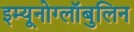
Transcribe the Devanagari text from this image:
इम्यूनोग्लॉबुलिन